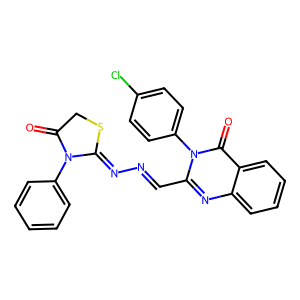
SMILES: O=C1CSC(=NN=Cc2nc3ccccc3c(=O)n2-c2ccc(Cl)cc2)N1c1ccccc1
Inhibits HIV replication: No